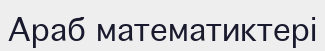
Араб математиктері